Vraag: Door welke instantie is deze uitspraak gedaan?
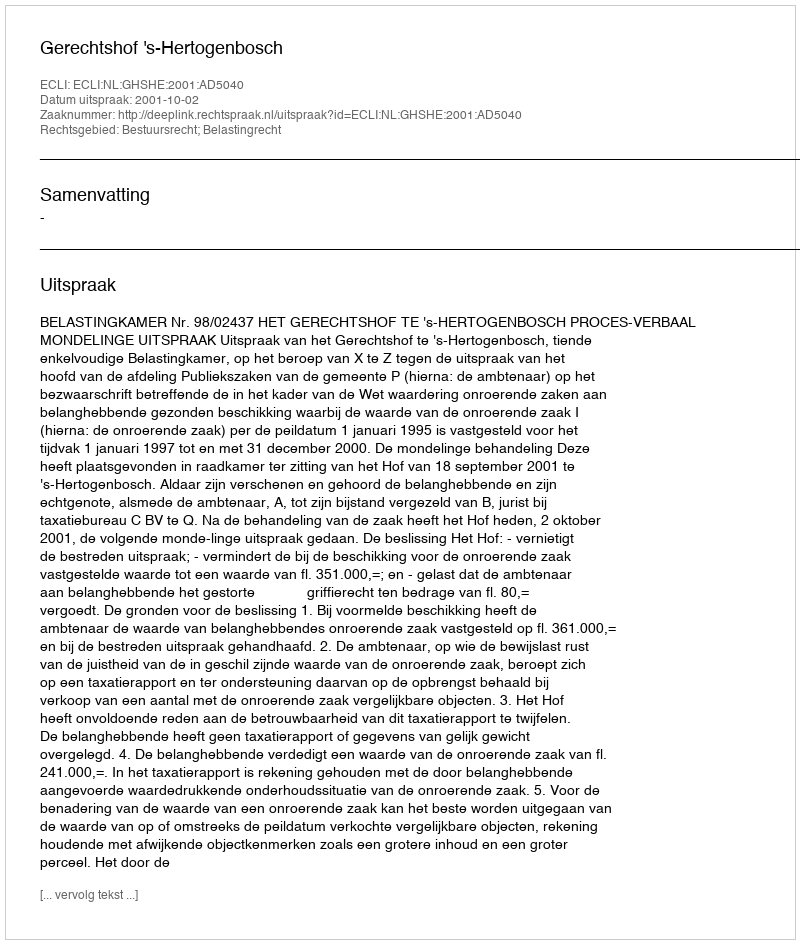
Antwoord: Gerechtshof 's-Hertogenbosch